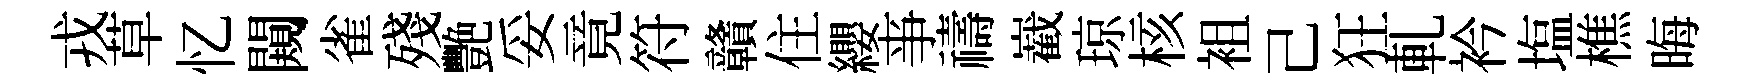
戎草忆闚雀殘艷妥竟符贛住纓亊禱嶻琼核袓己狂軋衿塩樵晦